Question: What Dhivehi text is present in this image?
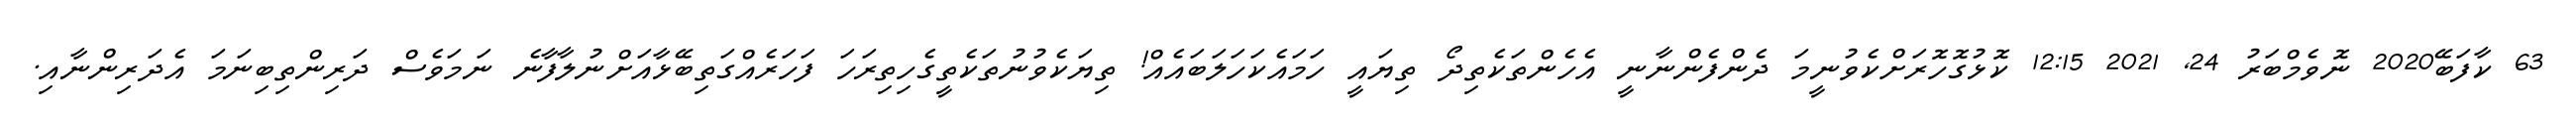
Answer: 63 ކާފަބޭ2020 ނޮވެމްބަރު 24, 2021 12:15 ކޮޅުގޮހޮރަށްކެވުނީމަ ދެންފެންނާނީ އެހެންތަކެތިދޯ ތިޔައީ ހަމައެކަހަލަބައެއް! ތިޔަކެވުނުތަކެތީގެހިތިރަހަ ފަހަރެއްގަތިބޭޅާއަށްނުލާފާނެ ނަމަވެސް ދަރިންތިބިނަމަ އެދަރިންނާއި.